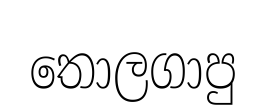
තොලගාපු